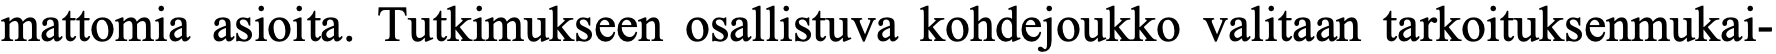
mattomia asioita. Tutkimukseen osallistuva kohdejoukko valitaan tarkoituksenmukai-